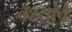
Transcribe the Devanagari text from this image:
वैश्यांचें